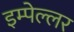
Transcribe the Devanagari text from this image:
इम्पेल्लर